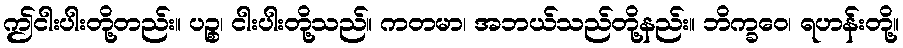
ဤငါးပါးတို့တည်း။ ပဉ္စ၊ ငါးပါးတို့သည်။ ကတမာ၊ အဘယ်သည်တို့နည်း။ ဘိက္ခဝေ၊ ရဟန်းတို့။